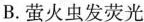
B.萤火虫发荧光